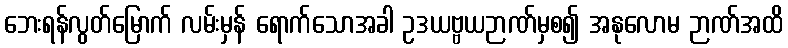
ဘေးရန်လွတ်မြောက် လမ်းမှန် ရောက်သောအခါ ဥဒယဗ္ဗယဉာဏ်မှစ၍ အနုလောမ ဉာဏ်အထိ